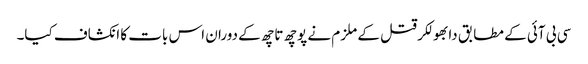
سی بی آئی کے مطابق دابھولکر قتل کے ملزم نے پوچھ تاچھ کے دوران اس بات کا انکشاف کیا۔